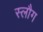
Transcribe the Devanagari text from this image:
स्लौग